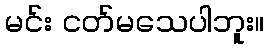
မင်း ငတ်မသေပါဘူး။